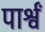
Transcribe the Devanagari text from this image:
पार्श्वं